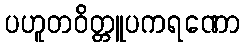
ပဟူတဝိတ္တူပကရဏော